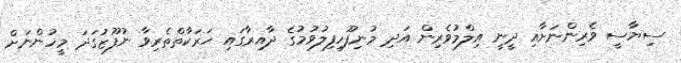
ސިޔާސީ ވެރިންނަށާއި ދީނީ އިލްމުވެރިން އަދި މުނިފޫހިފިލުވުމުގެ ދާއިރާގައި ހަރަކާތްތެރިވާ ނުފޫޒުގަދަ މީހުންނަށް